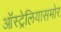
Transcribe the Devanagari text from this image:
ऑस्ट्रेलियासमोर